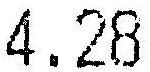
4.28